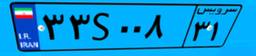
۳۳S۰۰۸۳۱